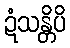
ဍံသန္တိပိ